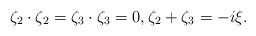
LaTeX: \begin{align*}\zeta_{2}\cdot\zeta_{2}=\zeta_{3}\cdot\zeta_{3}=0,\zeta_2+\zeta_3=-i\xi.\end{align*}